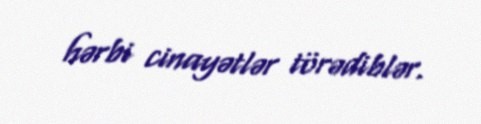
hərbi cinayətlər törədiblər.